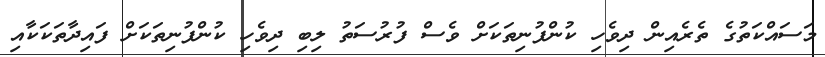
މަސައްކަތުގެ ތެރެއިން ދިވެހި ކުންފުނިތަކަށް ވެސް ފުރުސަތު ލިބި ދިވެހި ކުންފުނިތަކަށް ފައިދާތަކަކާއި